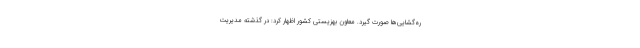
ره‌گشایی‌ها صورت گیرد. معاون بهزیستی کشور اظهار کرد: در گذشته مدیریت